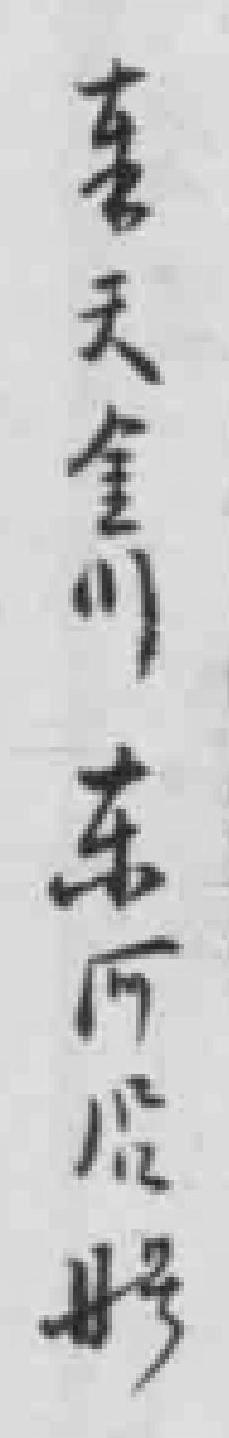
*天金川东河沿彤廿号